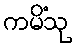
ကမိံသု